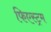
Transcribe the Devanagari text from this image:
फिएस्ट्रम